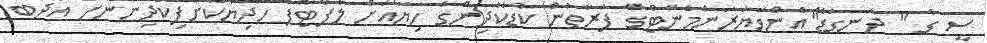
ސީ ގެ " ދަނގަޑޭ"އެންވަޔަރަންމެންޓްގެ ފަރާތުން ކުޑަކުދިންގެ ހިޔާއަށް ލެޕްޓޮޕް ހަދިޔާކޮށްފިކުދިންނަށް އަދަބު